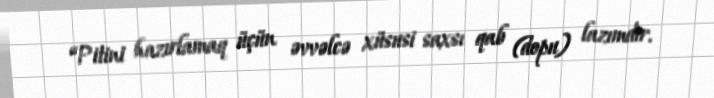
“Pitini hazırlamaq üçün əvvəlcə xüsusi saxsı qab (dopu) lazımdır.